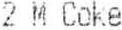
2 M COKE